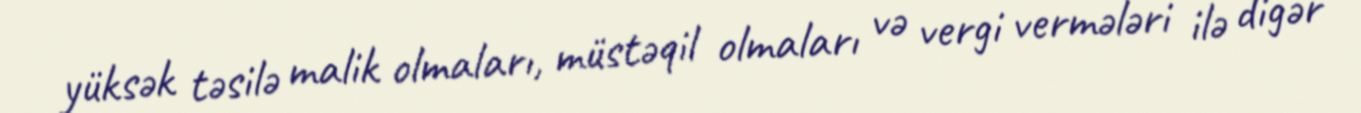
yüksək təsilə malik olmaları, müstəqil olmaları və vergi vermələri ilə digər